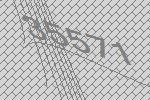
35571